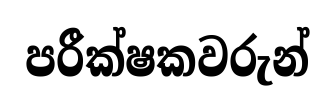
පරීක්ෂකවරුන්